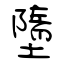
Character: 墮